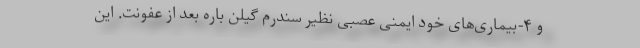
و ۴-بیماری‌های خود ایمنی عصبی نظیر سندرم گیلن باره بعد از عفونت. این